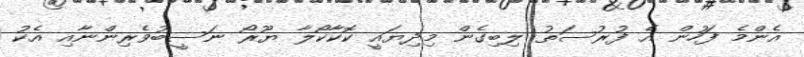
އެންމެ ފަހުން އެ ފުރުސަތު ލިބިގެން މިދިޔައީ ކޮކާކޯލާ ޔޫރޯ ނަސީބުވެރިންނާއި އެކު